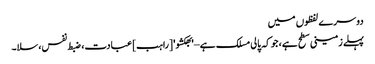
دوسرے لفظوں میں
پہلے زمینی سطح ہے، جو کہ پالی مسلک ہے – 'بھکشو' [راہب] عبادت، ضبط نفس، سلا۔